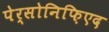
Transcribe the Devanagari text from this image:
पेर्सोनिफ़िएद